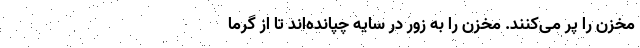
مخزن را پُر می‌کنند. مخزن را به زور در سایه چپانده‌اند تا از گرما